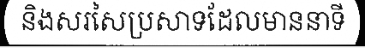
និងសរសៃប្រសាទដែលមាននាទី